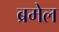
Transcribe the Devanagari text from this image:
ब्रमेल